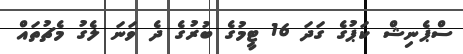
ސްޕެނިޝް ކަޕުގެ ގަދަ 16 ޓީމުގެ ބުރުގެ ދެ ވަނަ ލެގު މެޗުތައް